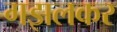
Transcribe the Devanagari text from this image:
गझलकर